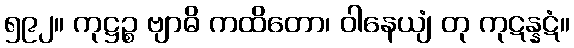
၅၉၂။ ကုဋ္ဌဉ္စ ဗျာဓိ ကထိတော၊ ဝါနေယျံ တု ကုဋန္နဋံ။